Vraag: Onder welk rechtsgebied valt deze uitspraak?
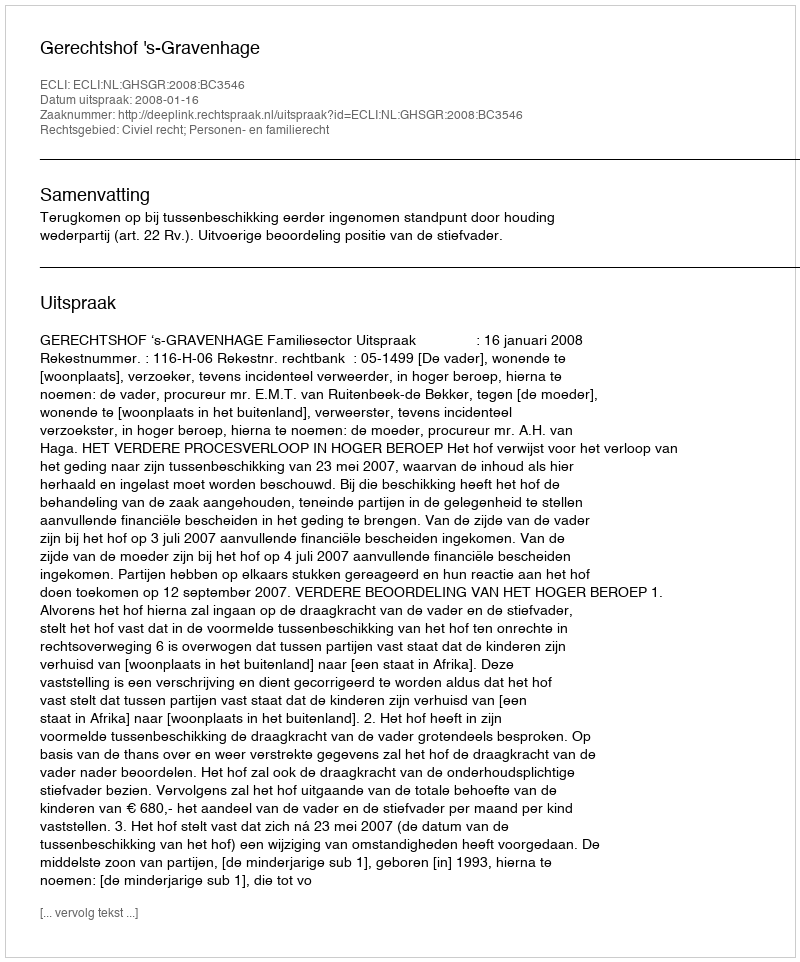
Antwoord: Civiel recht; Personen- en familierecht